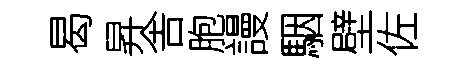
曷昇舎胞謾駰壁佐